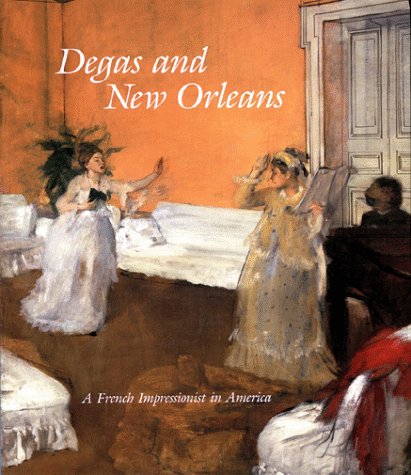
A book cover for Degas and New Orleans: A French Impressionist in America; Edgar Degas; Travel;